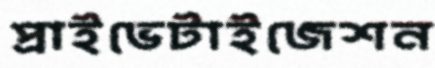
প্রাইভেটাইজেশন